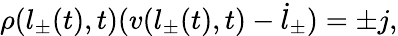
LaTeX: \rho(l_{\pm}(t),t)(v(l_{\pm}(t),t)-\dot{l}_{\pm})=\pm j,